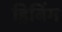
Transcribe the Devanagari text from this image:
ड्रिबिंग